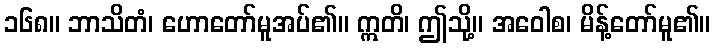
၁၆၈။ ဘာသိတံ၊ ဟောတော်မူအပ်၏။ ဣတိ၊ ဤသို့။ အဝေါစ၊ မိန့်တော်မူ၏။